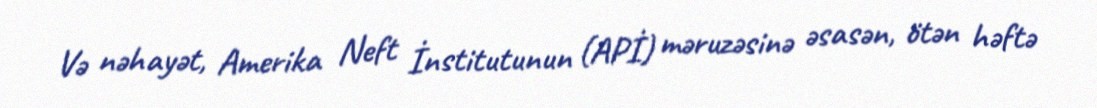
Və nəhayət, Amerika Neft İnstitutunun (APİ) məruzəsinə əsasən, ötən həftə